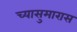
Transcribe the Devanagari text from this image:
च्यासुमारास